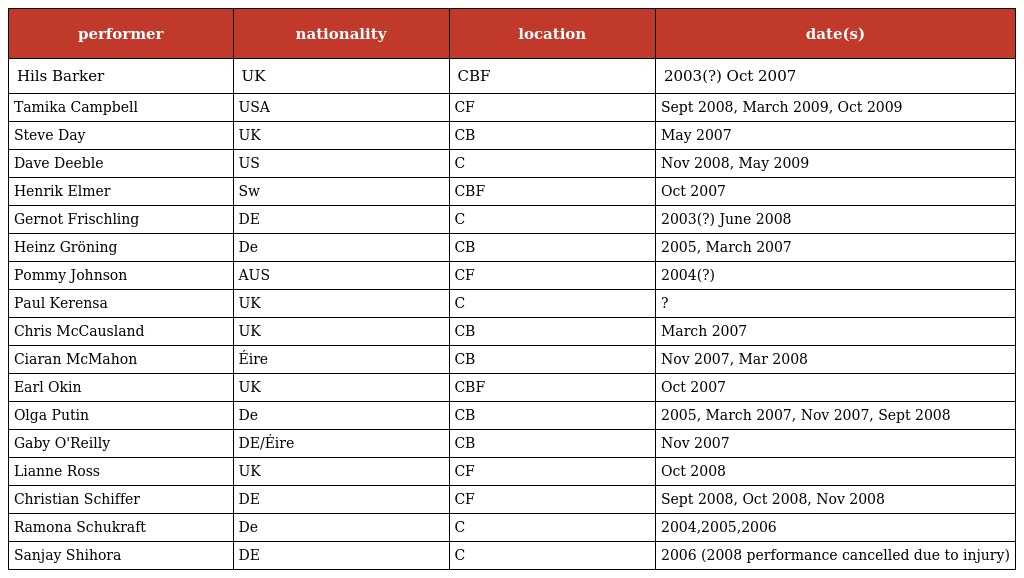
| performer | nationality | location | date(s) |
 | --- | --- | --- | --- |
 | Hils Barker | UK | CBF | 2003(?) Oct 2007 |
 | Tamika Campbell | USA | CF | Sept 2008, March 2009, Oct 2009 |
 | Steve Day | UK | CB | May 2007 |
 | Dave Deeble | US | C | Nov 2008, May 2009 |
 | Henrik Elmer | Sw | CBF | Oct 2007 |
 | Gernot Frischling | DE | C | 2003(?) June 2008 |
 | Heinz Gröning | De | CB | 2005, March 2007 |
 | Pommy Johnson | AUS | CF | 2004(?) |
 | Paul Kerensa | UK | C | ? |
 | Chris McCausland | UK | CB | March 2007 |
 | Ciaran McMahon | Éire | CB | Nov 2007, Mar 2008 |
 | Earl Okin | UK | CBF | Oct 2007 |
 | Olga Putin | De | CB | 2005, March 2007, Nov 2007, Sept 2008 |
 | Gaby O'Reilly | DE/Éire | CB | Nov 2007 |
 | Lianne Ross | UK | CF | Oct 2008 |
 | Christian Schiffer | DE | CF | Sept 2008, Oct 2008, Nov 2008 |
 | Ramona Schukraft | De | C | 2004,2005,2006 |
 | Sanjay Shihora | DE | C | 2006 (2008 performance cancelled due to injury) |